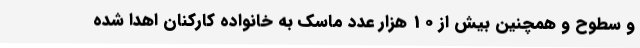
و سطوح و همچنین بیش از 10 هزار عدد ماسک به خانواده کارکنان اهدا شده